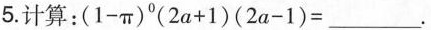
5.计算：$$( 1 - π ) ^ { 0 } ( 2 a + 1 ) ( 2 a - 1 ) = $$ ___.